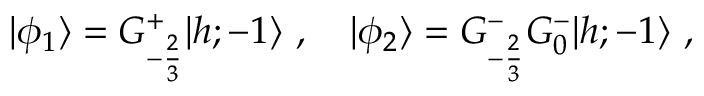
\vert \phi _ { 1 } \rangle = G _ { - { \frac { 2 } { 3 } } } ^ { + } \vert { h ; - 1 } \rangle { } ~ , { } ~ { } ~ { } ~ \vert \phi _ { 2 } \rangle = G _ { - { \frac { 2 } { 3 } } } ^ { - } G _ { 0 } ^ { - } \vert { h ; - 1 } \rangle { } ~ ,